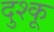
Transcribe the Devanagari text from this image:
दुश्कू